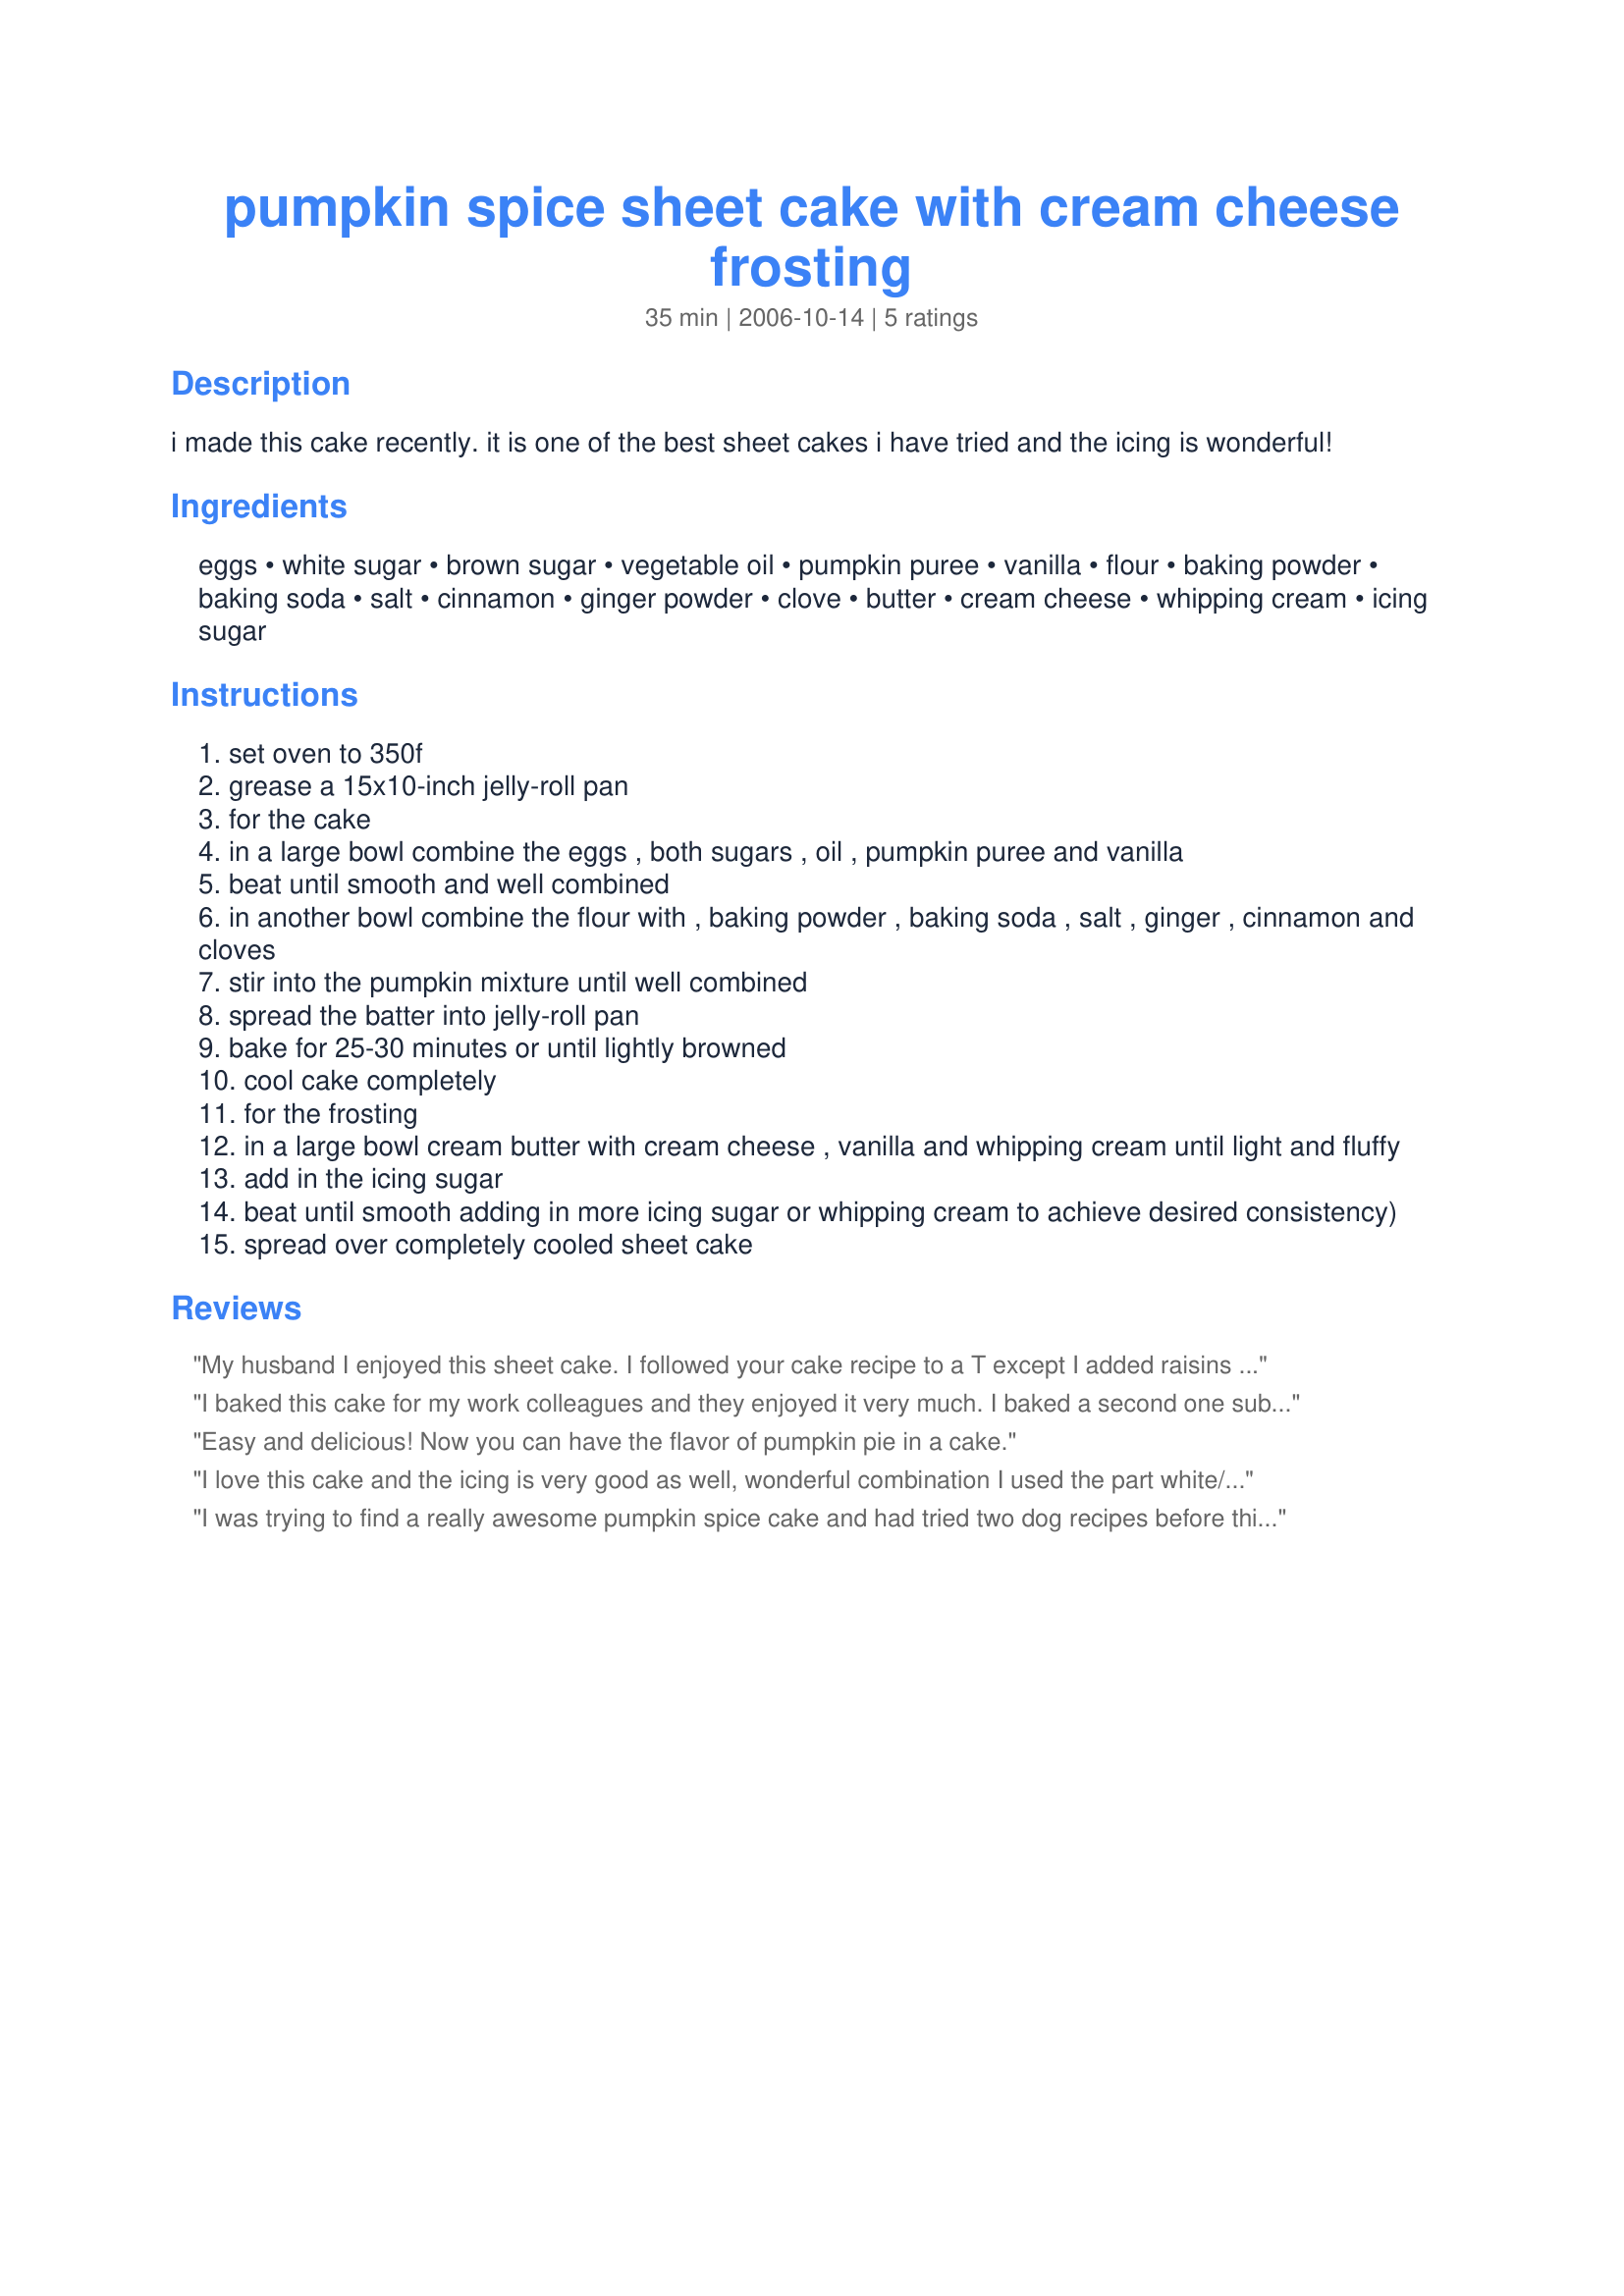
pumpkin spice sheet cake with cream cheese frosting
Preparation time: 35 minutes

i made this cake recently. it is one of the best sheet cakes i have tried and the icing is wonderful!

Ingredients:
eggs, white sugar, brown sugar, vegetable oil, pumpkin puree, vanilla, flour, baking powder, baking soda, salt, cinnamon, ginger powder, clove, butter, cream cheese, whipping cream, icing sugar

Steps:
set oven to 350f
grease a 15x10-inch jelly-roll pan
for the cake
in a large bowl combine the eggs , both sugars , oil , pumpkin puree and vanilla
beat until smooth and well combined
in another bowl combine the flour with , baking powder , baking soda , salt , ginger , cinnamon and cloves
stir into the pumpkin mixture until well combined
spread the batter into jelly-roll pan
bake for 25-30 minutes or until lightly browned
cool cake completely
for the frosting
in a large bowl cream butter with cream cheese , vanilla and whipping cream until light and fluffy
add in the icing sugar
beat until smooth adding in more icing sugar or whipping cream to achieve desired consistency)
spread over completely cooled sheet cake

Reviews:
My husband I enjoyed this sheet cake. I followed your cake recipe to a T except I added raisins and chopped walnuts to the batter since I had them on hand. I didn't have whipping cream so I substituted vanilla caramel coffee creamer in its place. This is a simple recipe to follow and the end result was tasty! Thanks Kittencal!
I baked this cake for my work colleagues and they enjoyed it very much. I baked a second one substituting Splenda Blend (white and brown sugar)for the sugar, 1/2 c unsweetened applesauce for 1/2 of the oil and 1 cup of whole wheat flour for 1 cup of white flour. I added 1/2 c each of raisins and walnuts. I gave the finished cake a dusting of powdered sugar. I was pleased with the results. It reminded me of a snack cake I use to make as a child. My take on a healthier version.
Easy and delicious! Now you can have the flavor of pumpkin pie in a cake.
I love this cake and the icing is very good as well, wonderful combination I used the part white/brown sugar I only used 2 tsp cinnamon and just a pinch of cloves. The cake is very moist and full of flavor. I found that I didnt need all the icing, maybe 1/2 as much. Freezes well. Thanks for posting! We will be making this again.
I was trying to find a really awesome pumpkin spice cake and had tried two dog recipes before this one, so I am thrilled with this! I did tweak it: used more spice and less sugar, I used half the amount of oil and used unsweetened applesauce for the balance of the oil. The texture is perfect! I still need to tweak the spice/sugar balance a little more. Made this in a small loaf pan and adjusted the baking time.
